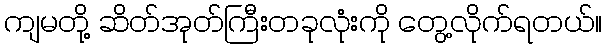
ကျမတို့ ဆိတ်အုတ်ကြီးတခုလုံးကို တွေ့လိုက်ရတယ်။